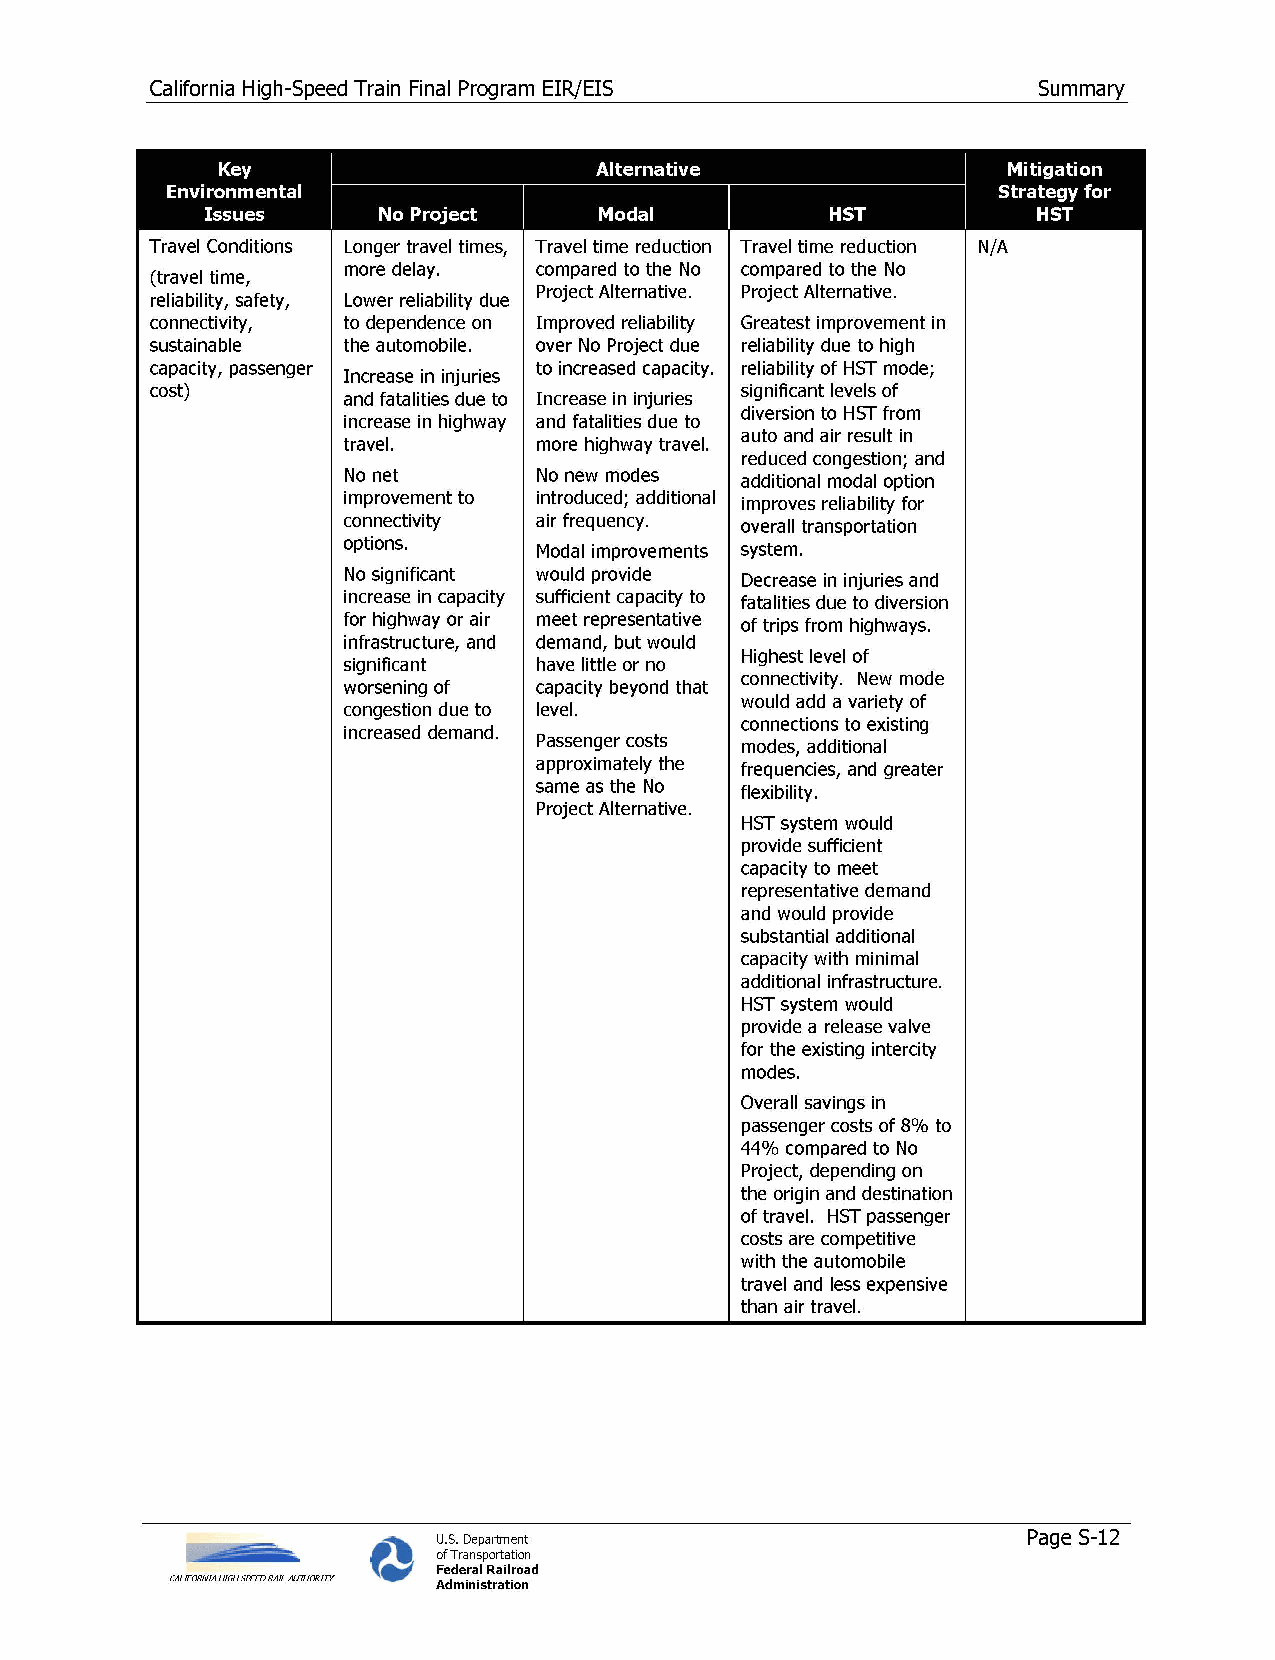
California High-Speed Train Final Program EIR/EIS          Summary
 Key     ~                                            Mitigation
 Environmental                                          Strategy for
 Issues                                                 HST
 Travel Conditions Longer travel times, Travel time reduction Travel time reduction N/A
 more delay.  compared to the No compared to the No
 (travel time,
 Project Alternative. Project Alternative.
 reliability, safety, Lower reliability due
 connectivity, to dependence on Improved reliability Greatest improvement in
 sustainable  the automobile. over No Project due reliability due to high
 capacity, passenger       to increased capacity. reliability of HST mode;
 Increase in injuries
 cost)                                  significant levels of
 and fatalities due to Increase in injuries
 diversion to HST from
 increase in highway and fatalities due to
 auto and air result in
 travel.      more highway travel.
 reduced congestion; and
 No net       No new modes additional modal option
 improvement to introduced; additional improves reliability for
 connectivity air frequency. overall transportation
 options.     Modal improvements system.
 No significant would provide Decrease in injuries and
 increase in capacity sufficient capacity to
 fatalities due to diversion
 for highway or air meet representative of trips from highways.
 infrastructure, and demand, but would
 Highest level of
 significant  have little or no
 connectivity. New mode
 worsening of capacity beyond that
 would add a variety of
 congestion due to level.
 connections to existing
 increased demand.
 Passenger costs
 modes, additional
 approximately the frequencies, and greater
 same as the No flexibility.
 Project Alternative.
 HST system would
 provide sufficient
 capacity to meet
 representative demand
 and would provide
 substantial additional
 capacity with minimal
 additional infrastructure.
 HST system would
 provide a release valve
 for the existing intercity
 modes.
 Overall savings in
 passenger costs of 8% to
 44% compared to No
 Project, depending on
 the origin and destination
 of travel. HST passenger
 costs are competitive
 with the automobile
 travel and less expensive
 than air travel.
 Page S-12
 U.S. Department
 of Transportation
 Federal Railroad
 CALIFORNIA HIGH 5PEHJ RAIL AUTHCRITY Administration